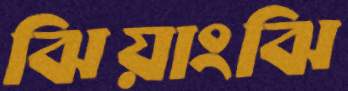
ঝিয়াংঝি